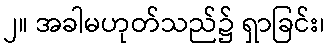
၂။ အခါမဟုတ်သည်၌ ရှာခြင်း၊